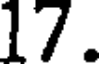
17.